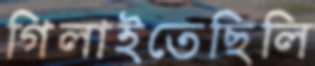
গিলাইতেছিলি